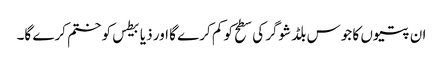
ان پتیوں کا جوس بلڈ شوگر کی سطح کو کم کرے گا اور ذیابیطس کو ختم کرے گا۔